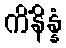
ကိံနိန္နံ